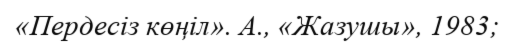
«Пердесіз көңіл». А., «Жазушы», 1983;